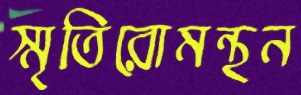
স্মৃতিরোমন্থন